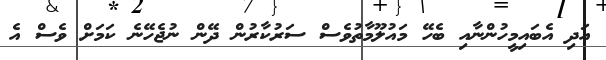
އަދި އެބައިމީހުންނާއި ބެހޭ މައުލޫމާތުވެސް ސަރުކާރުން ދޭން ނުޖެހޭނެ ކަމަށް ވެސް އެ